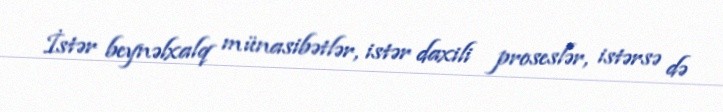
İstər beynəlxalq münasibətlər, istər daxili proseslər, istərsə də